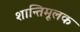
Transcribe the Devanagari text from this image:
शान्तिमूलक